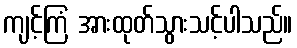
ကျင့်ကြံ အားထုတ်သွားသင့်ပါသည်။